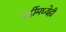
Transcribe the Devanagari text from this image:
गर्दीमध्येही